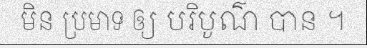
មិន ប្រមាទ ឲ្យ បរិបូណ៌ បាន ។